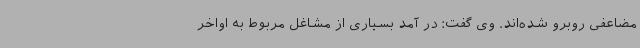
مضاعفی روبرو شده‌اند. وی گفت: در آمد بسیاری از مشاغل مربوط به اواخر